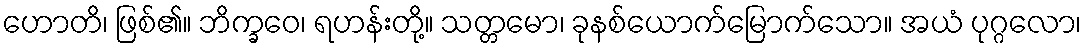
ဟောတိ၊ ဖြစ်၏။ ဘိက္ခဝေ၊ ရဟန်းတို့။ သတ္တမော၊ ခုနစ်ယောက်မြောက်သော။ အယံ ပုဂ္ဂလော၊